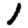
Digit: 1